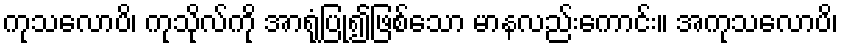
ကုသလောပိ၊ ကုသိုလ်ကို အာရုံပြု၍ဖြစ်သော မာနလည်းကောင်း။ အကုသလောပိ၊